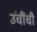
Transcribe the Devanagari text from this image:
उंचींची